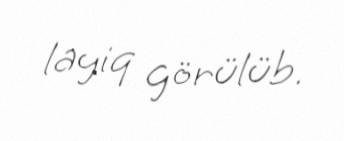
layiq görülüb.